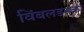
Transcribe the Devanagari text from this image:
विंबलडनका